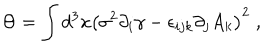
LaTeX: \Theta = \int d ^ { 3 } x \left( \sigma ^ { 2 } \partial _ { i } \gamma - \epsilon _ { i j k } \partial _ { j } A _ { k } \right) ^ { 2 } \; ,